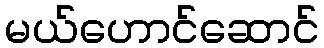
မယ်ဟောင်ဆောင်